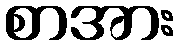
စာအား